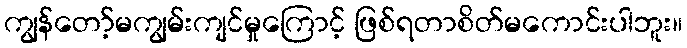
ကျွန်တော့်မကျွမ်းကျင်မှုကြောင့် ဖြစ်ရတာစိတ်မကောင်းပါဘူး။